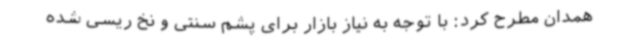
همدان مطرح کرد: با توجه به نیاز بازار برای پشم سنتی و نخ ریسی شده